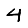
Digit: 4